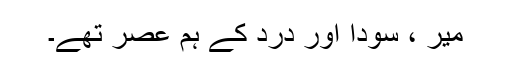
میرؔ ، سوداؔ اور دردؔ کے ہم عصر تھے۔